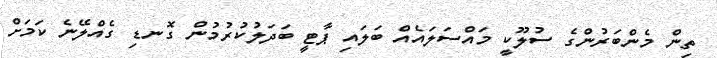
ތިން މެންބަރުންގެ ސުލޫކީ މައްސަލައެއް ބަލައި ޕާޓީ ބަދަލުކުރުމުން ގޮނޑި ގެއްލޭނެ ކަމަށް